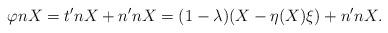
LaTeX: \begin{align*} \varphi nX=t'nX+n'nX=(1-\lambda) (X-\eta(X)\xi) + n'nX.\end{align*}